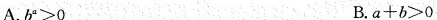
A. $$b^{a}>0$$ B. $$a+b>0$$